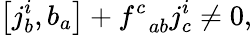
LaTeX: \left[j_{b}^{i},b_{a}\right]+f_{\; \; ab}^{c}j_{c}^{i}\neq 0,